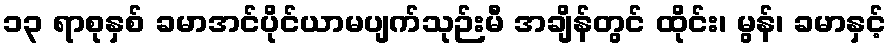
၁၃ ရာစုနှစ် ခမာအင်ပိုင်ယာမပျက်သုဉ်းမီ အချိန်တွင် ထိုင်း၊ မွန်၊ ခမာနှင့်